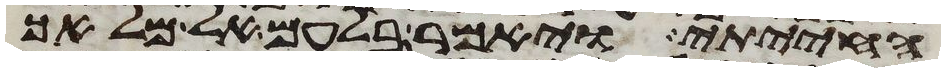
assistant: החייתי ויאמר בלעם אל מלאך